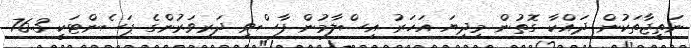
ނަތީޖާތަކުން ދައްކާ ގޮތުން މިދިޔަ އަހަރު އިސްލާމުން ފާސްވި ދަރިވަރުންގެ ޕަސެންޓަކީ 76.3